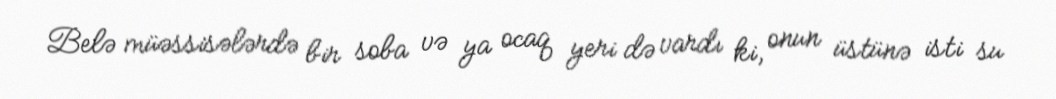
Belə müəssisələrdə bir soba və ya ocaq yeri də vardı ki, onun üstünə isti su